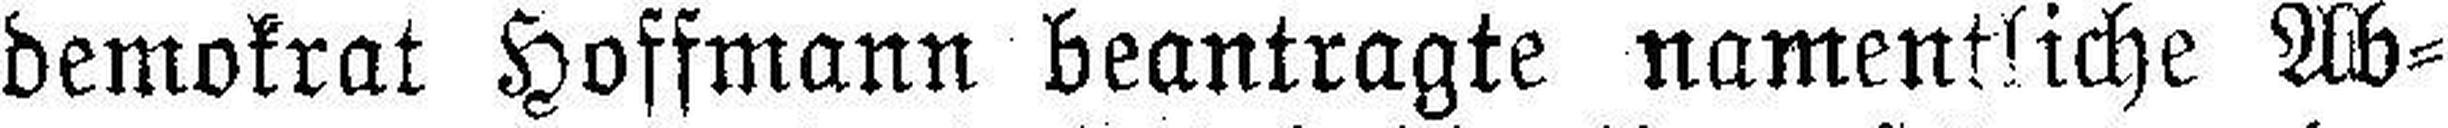
demokrat Hoffmann beantragte namentliche Ab¬